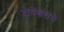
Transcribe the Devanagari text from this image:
दोधेश्वराचे